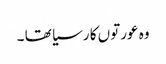
وہ عورتوں کا رسیا تھا ۔